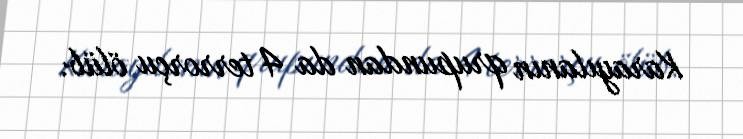
Karayılanın qrupundan da 4 terrorçu ölüb.